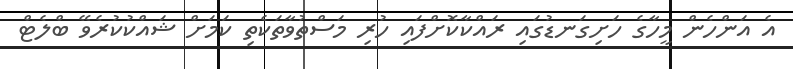
އެ އަންހެން މީހާގެ ހަށިގަނޑުގައި ރައްކާކޮށްފައި ހުރި މަސްތުވާތަކެތި ކަމަށް ޝައްކުކުރެވޭ ބްލެޓް